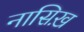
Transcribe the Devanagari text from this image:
नासिख़